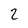
Character: 2